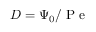
D = \Psi _ { 0 } / \mathrm { ~ P ~ e ~ }